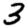
Digit: 3